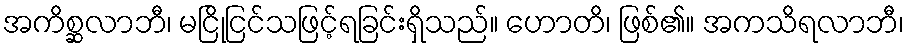
အကိစ္ဆလာဘီ၊ မငြိုငြင်သဖြင့်ရခြင်းရှိသည်။ ဟောတိ၊ ဖြစ်၏။ အကသိရလာဘီ၊